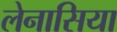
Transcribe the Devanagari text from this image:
लेनासिया